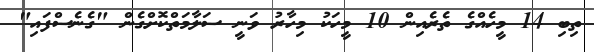
ތިބި 14 މީހެއްގެ ތެރެއިން 10 މީހަކު މިހާރު ވަނީ ސަލާމަތްކޮށްގެން "ގެނެސްފައި"